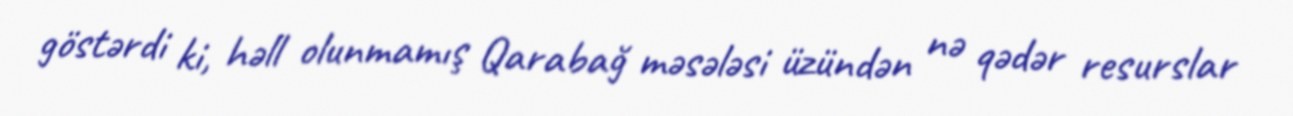
göstərdi ki, həll olunmamış Qarabağ məsələsi üzündən nə qədər resurslar